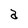
Character: a